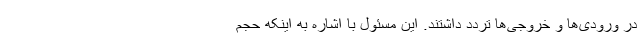
در ورودی‌ها و خروجی‌ها تردد داشتند. این مسئول با اشاره به اینکه حجم